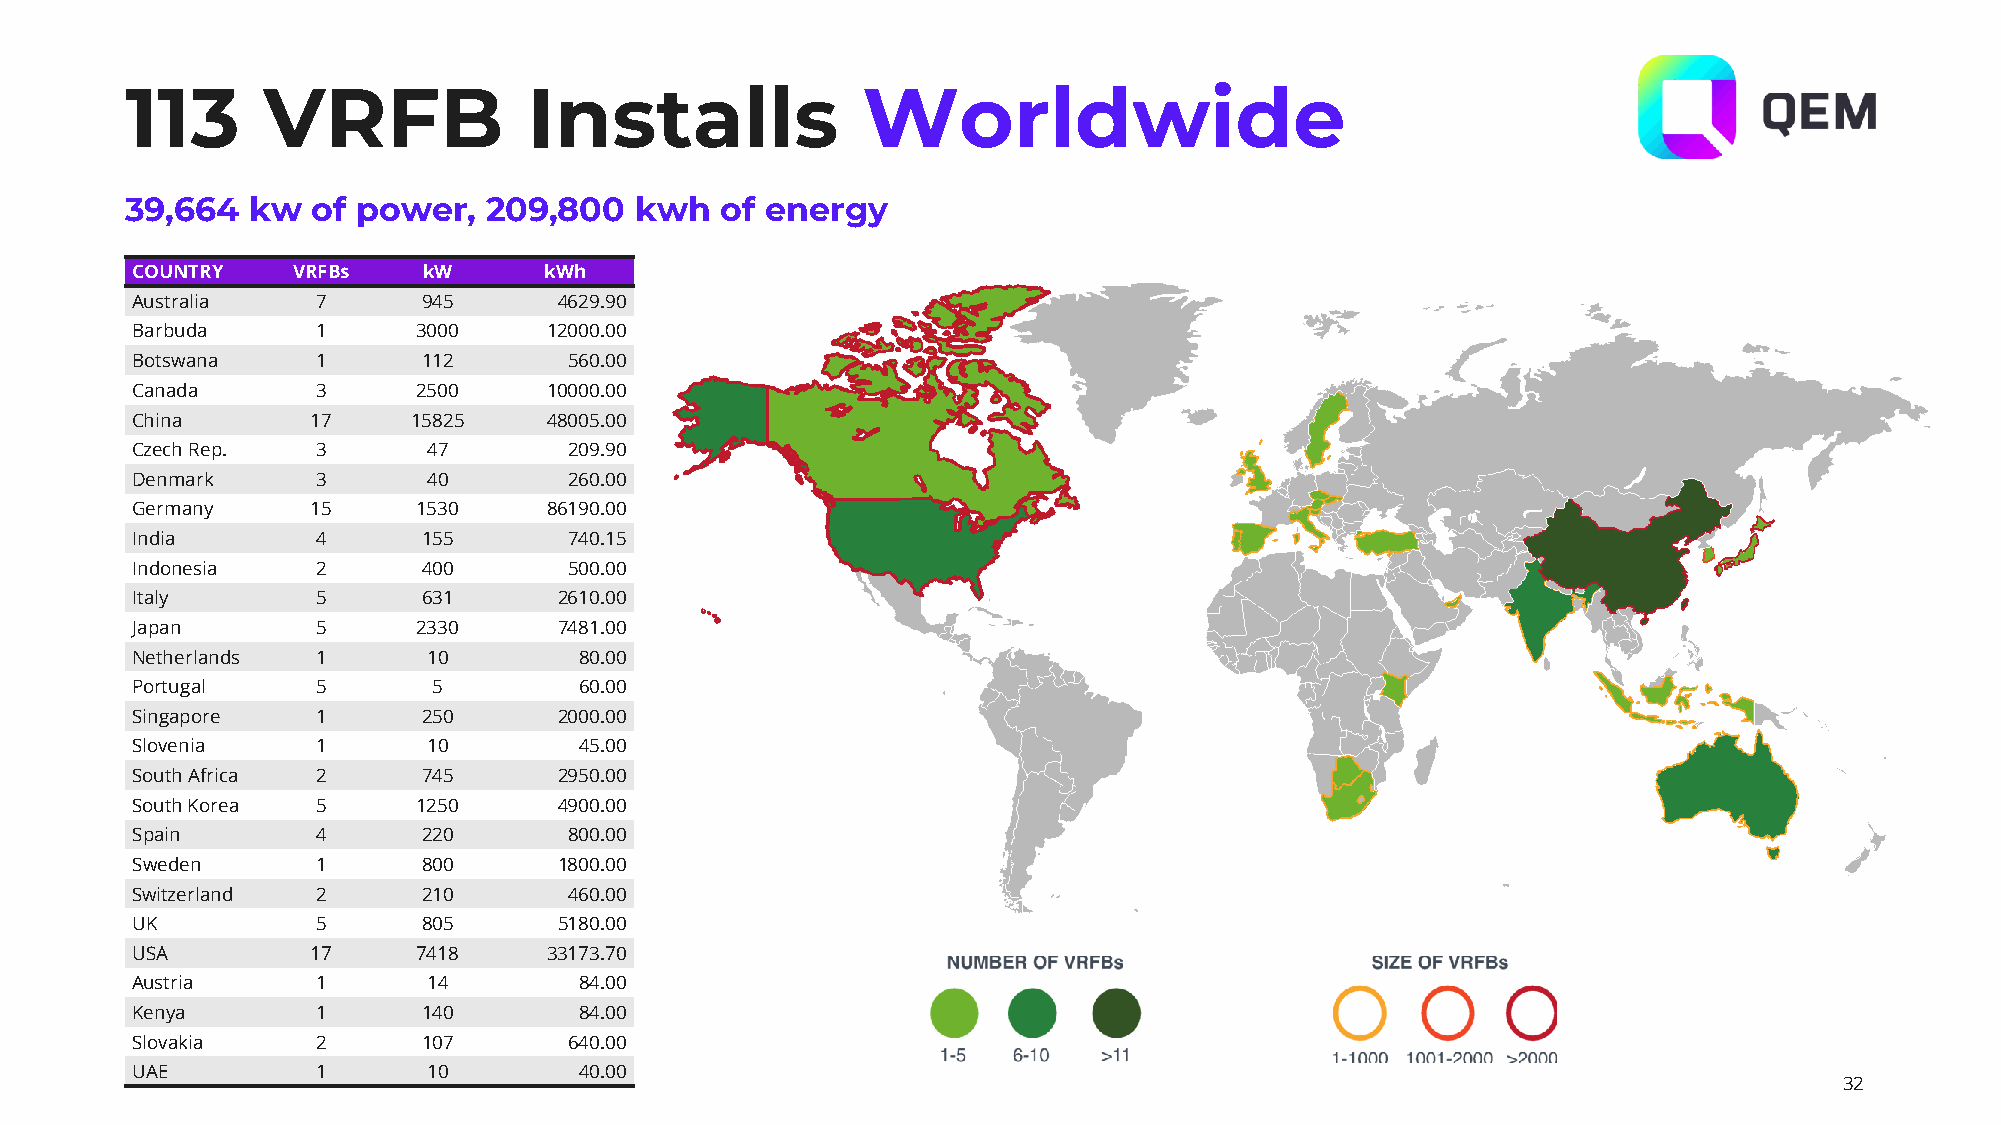
113      VRFB              Installs              Worldwide
 39,664   kw  of power,  209,800   kwh   of energy
 COUNTRY   VRFBs    kW      kWh
 Australia   7      945      4629.90
 Barbuda     1      3000    12000.00
 Botswana    1      112       560.00
 Canada      3      2500    10000.00
 China       17    15825    48005.00
 Czech Rep.  3      47        209.90
 Denmark     3      40        260.00
 Germany     15     1530    86190.00
 India       4      155       740.15
 Indonesia   2      400       500.00
 Italy       5      631      2610.00
 Japan       5      2330     7481.00
 Netherlands 1      10        80.00
 Portugal    5       5        60.00
 Singapore   1      250      2000.00
 Slovenia    1      10        45.00
 South Africa 2     745      2950.00
 South Korea 5      1250     4900.00
 Spain       4      220       800.00
 Sweden      1      800      1800.00
 Switzerland 2      210       460.00
 UK          5      805      5180.00
 USA         17     7418    33173.70
 Austria     1      14        84.00
 Kenya       1      140       84.00
 Slovakia    2      107       640.00
 UAE         1      10        40.00
 32